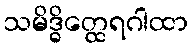
သမိဒ္ဓိတ္ထေရဂါထာ